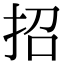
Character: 招